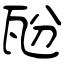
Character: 瓰